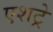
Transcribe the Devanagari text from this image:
एशट्रे